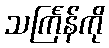
သင်္ကြန်ကို